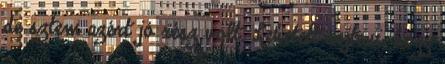
de sztem azért jó rész volt. Lehetett sejteni, hogy